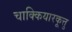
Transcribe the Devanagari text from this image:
चाक्कियारकूत्तु